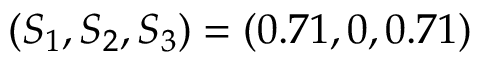
( S _ { 1 } , S _ { 2 } , S _ { 3 } ) = ( 0 . 7 1 , 0 , 0 . 7 1 )